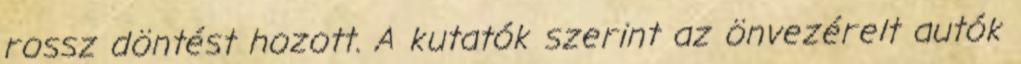
rossz döntést hozott. A kutatók szerint az önvezérelt autók